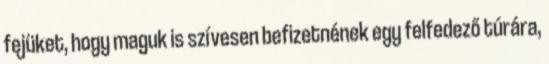
fejüket, hogy maguk is szívesen befizetnének egy felfedező túrára,